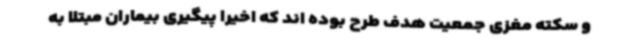
و سکته مغزی جمعیت هدف طرح بوده اند که اخیرا پیگیری بیماران مبتلا به